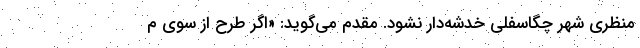
منظری شهر چگاسفلی خدشه‌‌دار نشود. مقدم می‌گوید: «اگر طرح از سوی م